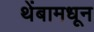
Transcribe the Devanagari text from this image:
थेंबामधून